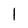
Character: l